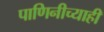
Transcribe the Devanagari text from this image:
पाणिनीच्याही